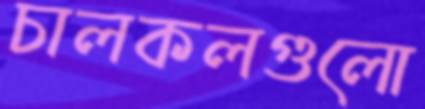
চালকলগুলো